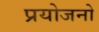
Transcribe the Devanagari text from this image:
प्रयोजनो